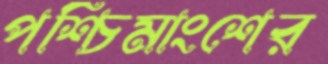
পশ্চিমাংশের